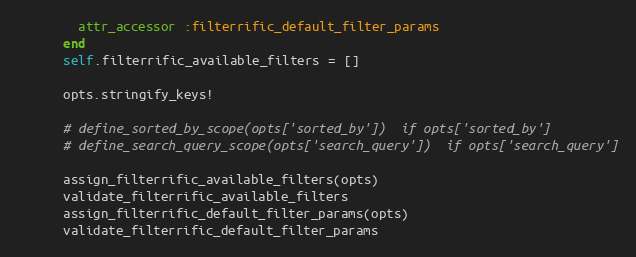
Language: Ruby
        attr_accessor :filterrific_default_filter_params
      end
      self.filterrific_available_filters = []

      opts.stringify_keys!

      # define_sorted_by_scope(opts['sorted_by'])  if opts['sorted_by']
      # define_search_query_scope(opts['search_query'])  if opts['search_query']

      assign_filterrific_available_filters(opts)
      validate_filterrific_available_filters
      assign_filterrific_default_filter_params(opts)
      validate_filterrific_default_filter_params